system: You are a helpful assistant.
user:
Analyze the provided spectrum to determine if it is a **Carbon Star (C-type)**.

- **Key Visual Indicators of Carbon Star:**
    - **(Primary):** Strong molecular absorption from **C₂ (diatomic carbon) "Swan Bands."** This is the **defining feature** of a carbon star.
        - **(Key Bandheads):** Sharp absorption edges are visible at approximately $5635$ Å, $5165$ Å (the strongest band), and $4737$ Å.
        - **(Line Profile):** Creates a distinct **"saw-tooth"** pattern. The key morphology is a sharp, steep bandhead on the **red (long-wavelength) side**, which then gradually tapers off (i.e., flux recovers) towards the **blue (short-wavelength) side**. *(This is the direct opposite of the TiO bands seen in M-type stars)*.

    - **(Secondary):** Intense **CN (cyanogen)** molecular absorption bands.
        - **(Key Bandheads):** Located in the blue and violet regions of the spectrum (e.g., near $4215$ Å and $3883$ Å).
        - **(Morphology):** These bands are extremely broad and act as a "blanket," absorbing the vast majority of blue and violet light. This creates a characteristic **"cliff"** or **"steep drop-off"** in the spectrum's flux at short wavelengths.

    - **(Key Confirmation):** Strong **CH absorption band (G-band)**.
        - **(Key Bandhead):** Located around $4300$ Å. The contribution from CH molecules to this band is exceptionally strong.

    - **(Overall Spectrum):**
        - The continuum is severely "chopped up" by these deep molecular bands, especially C₂, rather than appearing as a smooth curve.
        - Due to the heavy CN and C₂ absorption in the blue-green, the vast majority of the star's flux is concentrated in the red part of the spectrum, giving the star its characteristic deep red color.

Think first, call **spectral_visualization_tool** if needed to examine features in detail, then provide your final answer. Your response must adhere to the following strict rules:
1.  **Overall Structure:** Your response must follow the format `<think>...</think> <tool_call>...</tool_call> (if a tool is used) <answer>...</answer>`.
2.  **Tool Usage Constraint:** You may only make **one** tool call per turn.
3.  **Final Answer Format:** In the `<answer>` tag, your conclusion must be inside a `\boxed{}` command (e.g., `\boxed{YES}`), followed by your justification.

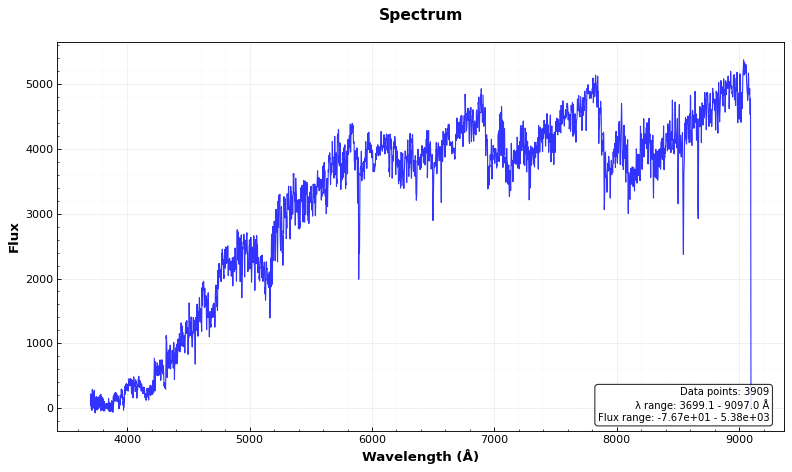
Answer: YES